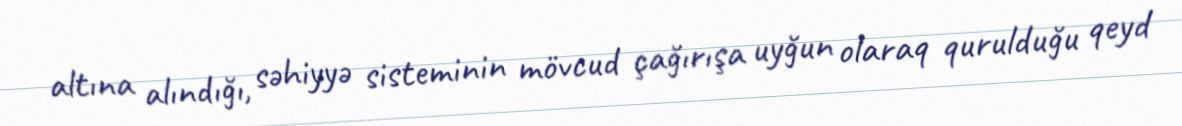
altına alındığı, səhiyyə sisteminin mövcud çağırışa uyğun olaraq qurulduğu qeyd